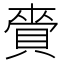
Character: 賫